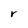
Character: r